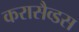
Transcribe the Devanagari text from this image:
करासैव्डस